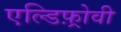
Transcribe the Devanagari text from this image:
एल्डिफ़्रोवी